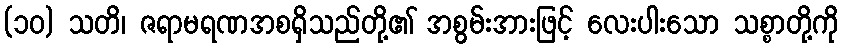
(၁၀) သတိ၊ ဇရာမရဏအစရှိသည်တို့၏ အစွမ်းအားဖြင့် လေးပါးသော သစ္စာတို့ကို